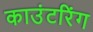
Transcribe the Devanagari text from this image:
काउंटरिंग